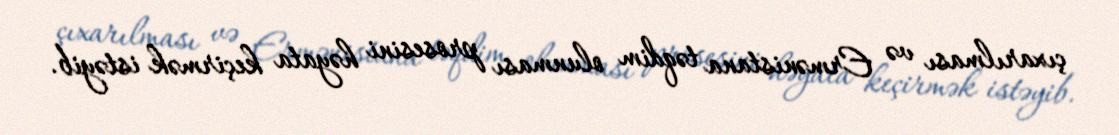
çıxarılması və Ermənistana təqdim olunması prosesini həyata keçirmək istəyib.